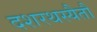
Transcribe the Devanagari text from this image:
दशरथस्यैतौ